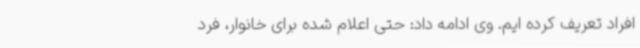
افراد تعریف کرده ایم. وی ادامه داد: حتی اعلام شده برای خانوار، فرد